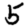
Digit: 5